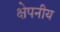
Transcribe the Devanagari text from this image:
क्षेपनीय